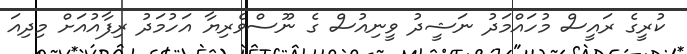
ކުރީގެ ރައީސް މުހައްމަދު ނަޝީދު ވީނިއުސް ގެ ނޫސްވެރިޔާ އަހުމަދު ރިފާއުއަށް މިދިއަ